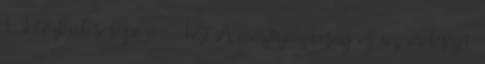
1. Intézkedéscsoport - 125 A mezőgazdaság és az erdészet